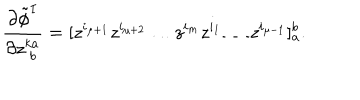
LaTeX: \frac { \partial \tilde { \phi } ^ { I } } { \partial z _ { \; b } ^ { k a } } = [ z ^ { i _ { \mu + 1 } } z ^ { i _ { \mu + 2 } } \ldots z ^ { i _ { m } } z ^ { i _ { 1 } } \ldots z ^ { i _ { \mu - 1 } } ] _ { a } ^ { b } .